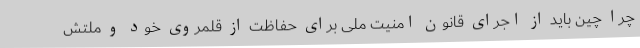
چرا چین باید از اجرای قانون امنیت ملی برای حفاظت از قلمروی خود و ملتش